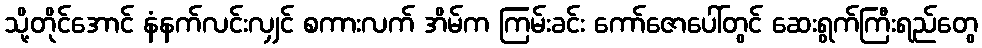
သို့တိုင်အောင် နံနက်လင်းလျှင် စကားလက် အိမ်က ကြမ်းခင်း ကော်ဇောပေါ်တွင် ဆေးရွက်ကြီးရည်တွေ